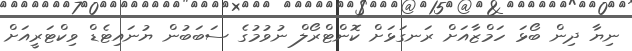
ނިޔާ ދިން ބޯޅަ ހަމްޒާއަށް ރަނގަޅަށް ކޮންޓްރޯލް ނުވުމުގެ ސަބަބުން ޔުނައިޓެޑް ވިކްޓަރީއަށް